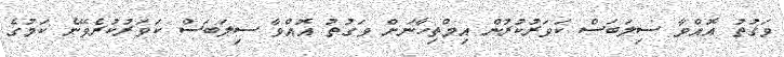
ވަގުތު އޮއްވާ ސިލަބަސް ކަވަރުކުރުން އިމްތިހާނަށް ވަގުތު އޮއްވާ ސިލަބަސް ކަވަރުކުރެވޭނެ ކަމުގެ